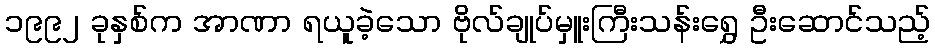
၁၉၉၂ ခုနှစ်က အာဏာ ရယူခဲ့သော ဗိုလ်ချုပ်မှူးကြီးသန်းရွှေ ဦးဆောင်သည့်